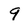
Character: 9